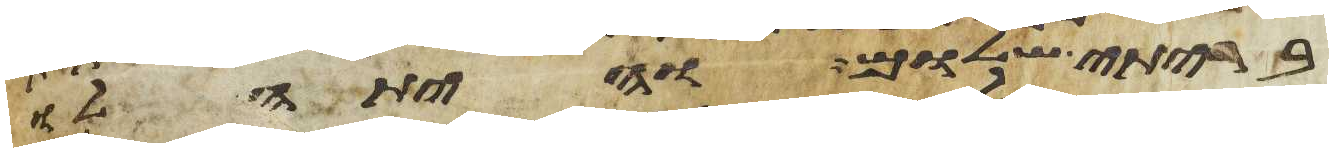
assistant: בריתי שלום והיתה לו